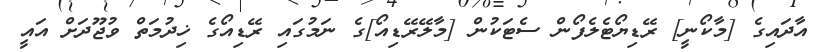
އާދައިގެ [މާކޯނީ] ރޭޑިޔޯޓެލެފޯން ސެޓަކުން [މާލޭރޭޑިއޯ]ގެ ނަމުގައި ރޭޑިއޯގެ ޚިދުމަތް ވުޖޫދަށް އައީ